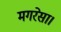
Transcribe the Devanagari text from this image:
मगरेसा।